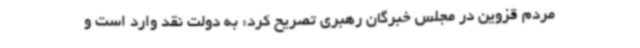
مردم قزوین در مجلس خبرگان رهبری تصریح کرد: به دولت نقد وارد است و